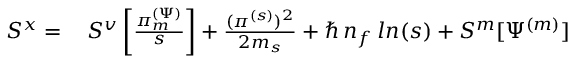
\begin{array} { r l } { S ^ { x } = } & { { } \, S ^ { v } \left[ \frac { \pi _ { m } ^ { ( \Psi ) } } { s } \right] + \frac { ( \pi ^ { ( s ) } ) ^ { 2 } } { 2 m _ { s } } + \hbar \, n _ { f } \, l n ( s ) + S ^ { m } [ \Psi ^ { ( m ) } ] } \end{array}